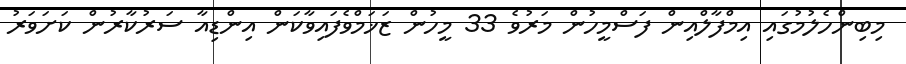
މިބިންހެލުމުގައި އިމްފާލްއިން ފަސްމީހުން މަރުވެ 33 މީހުން ޒަޚަމްވެފައިވާކަން އިންޑިއާ ސަރުކާރުން ކަށަވަރު